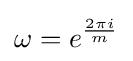
\omega =e^{\frac {2\pi i}{m}}